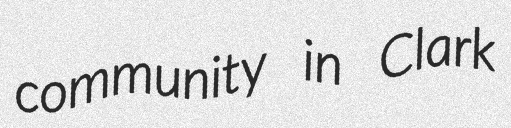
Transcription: community in Clark